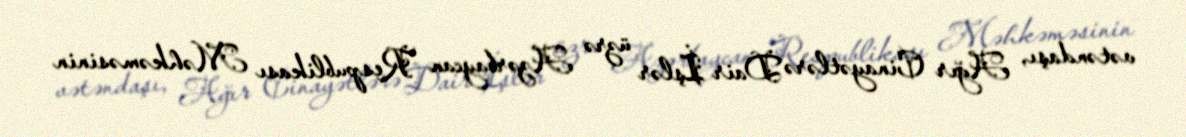
vətəndaşı, Ağır Cinayətlərə Dair İşlər üzrə Azərbaycan Respublikası Məhkəməsinin